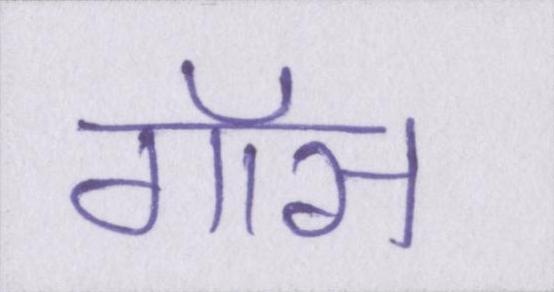
गॉस